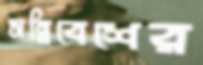
সন্নিবেশের